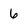
Character: 6